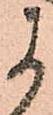
よ